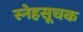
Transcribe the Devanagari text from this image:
स्नेहसूचक